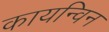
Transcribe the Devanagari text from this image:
कायन्विन